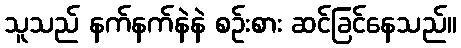
သူသည် နက်နက်နဲနဲ စဉ်းစား ဆင်ခြင်နေသည်။